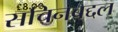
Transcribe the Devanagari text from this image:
सचिनबद्दल